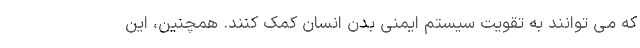
که می توانند به تقویت سیستم ایمنی بدن انسان کمک کنند. همچنین، این